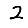
Digit: 2